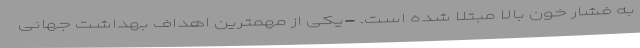
به فشار خون بالا مبتلا شده است. -یکی از مهمترین اهداف بهداشت جهانی